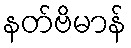
နတ်ဗိမာန်